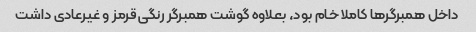
داخل همبرگرها کاملا خام بود، بعلاوه گوشت همبرگر رنگی قرمز و غیرعادی داشت